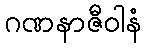
ဂဏနာဇီဝါနံ